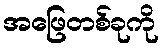
အဖြေတစ်ခုကို